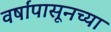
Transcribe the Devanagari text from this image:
वर्षांपासूनच्या